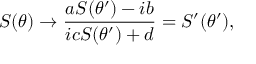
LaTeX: S ( \theta ) \rightarrow \frac { a S ( \theta ^ { \prime } ) - i b } { i c S ( \theta ^ { \prime } ) + d } = S ^ { \prime } ( \theta ^ { \prime } ) ,